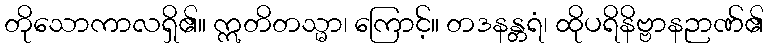
တိုသောကာလရှိ၏။ ဣတိတသ္မာ၊ ကြောင့်။ တဒနန္တရံ၊ ထိုပရိနိဗ္ဗာနဉာဏ်၏